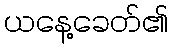
ယနေ့ခေတ်၏